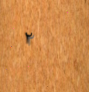
٢